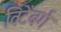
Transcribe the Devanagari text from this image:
विटेंबर्ग